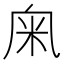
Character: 𥸫